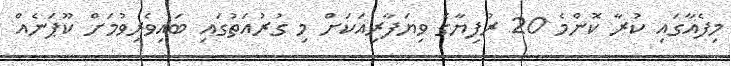
މިފެއާގައި ކުރާ ކޮންމެ 20 ރުފިޔާގެ ވިޔަފާރިއަކަށް މި ގުރުއަތުގައި ބައިވެރިވުމަށް ކޫޕަނެއް